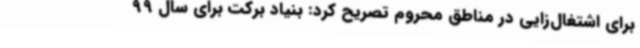
برای اشتغال‌زایی در مناطق محروم تصریح کرد: بنیاد برکت برای سال 99